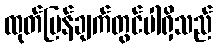
ထုတ်ပြန်ချက်တွင်ပါရှိသည်